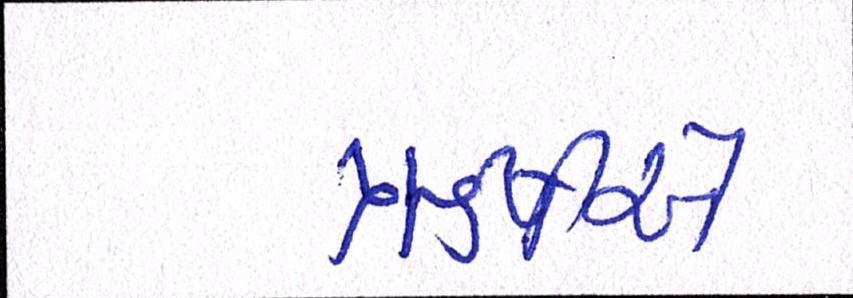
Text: ઋષીએ